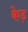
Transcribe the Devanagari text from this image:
केड़